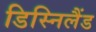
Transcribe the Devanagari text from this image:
डिस्निलैंड